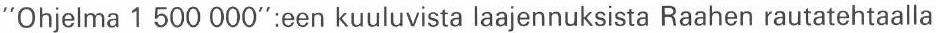
"Ohjelma 1 500 000":een kuuluvista laajennuksista Raahen rautatehtaalla